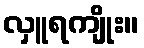
လှူရကျိုး။